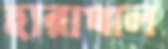
হারাখাল